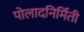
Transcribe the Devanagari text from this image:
पोलादनिर्मिती